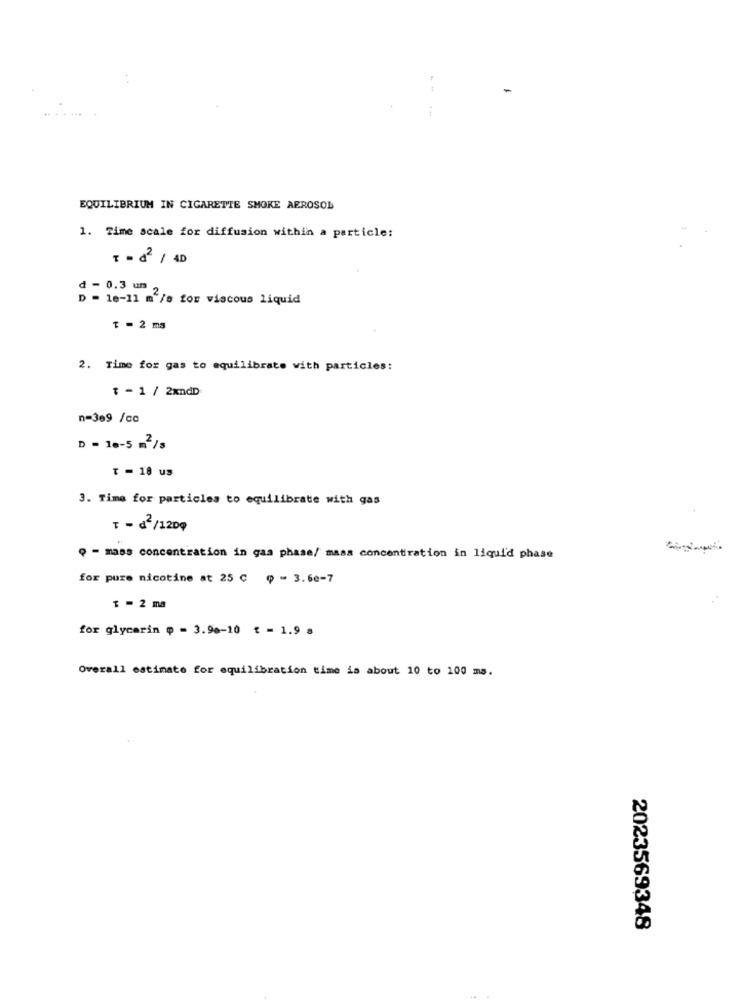
-
EQUILIBRIUM IN CIGARETTE SMOKE AEROSOL
1. Time scale for diffusion within a particle:
T - d2 / 4D
d - 0.3 um
D = le-11 m /s for viscous liquid
$ = 2 ms
2. Time for gas to equilibrate with particles:
₹ -1 / 2xndD
n=369 /cc
D = 10-5 =2/s
₹ = 18 us
3. Time for particles to equilibrate with gas
T - d /12DQ
Q - mass concentration in gas phase/ mass concentration in liqui'd phase
for pure nicotine at 25 C ( = 3.6e-7
$ = 2 ma
for glycerin @ = 3.90-10 t = 1.9 s
Overall estimate for equilibration time is about 10 to 100 ms.
2023569348